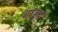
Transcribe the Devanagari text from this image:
बाइर्ं